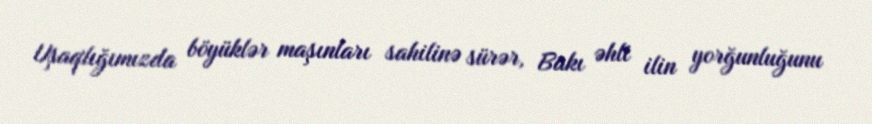
Uşaqlığımızda böyüklər maşınları sahilinə sürər, Bakı əhli ilin yorğunluğunu